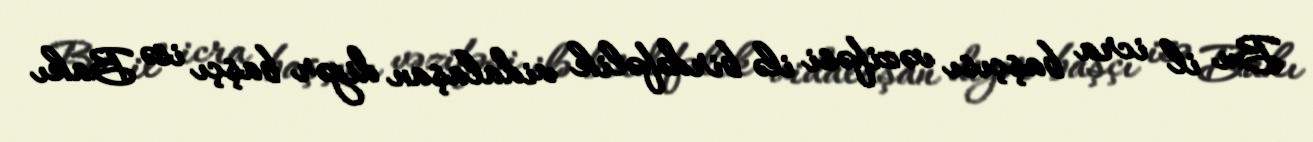
Bu il icra başçısı vəzifəsi ilə birdəfəlik vidalaşan digər başçı isə Bakı